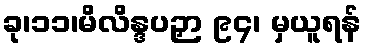
ခု၊၁၁၊မိလိန္ဒပဉှာ ၉၄၊ မှယူရန်